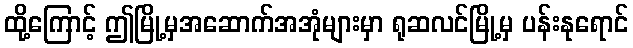
ထို့ကြောင့် ဤမြို့မှအဆောက်အအုံများမှာ ရုဆလင်မြို့မှ ပန်းနုရောင်